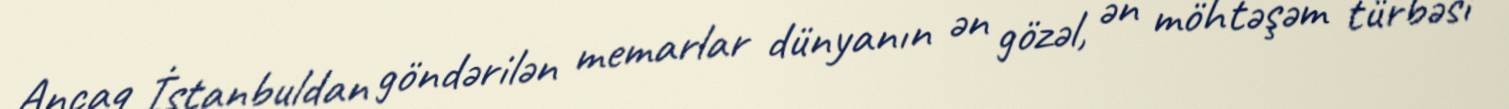
Ancaq İstanbuldan göndərilən memarlar dünyanın ən gözəl, ən möhtəşəm türbəsi